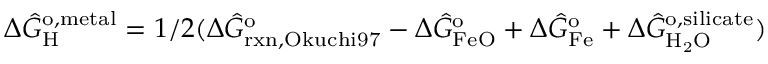
\Delta \hat { G } _ { \mathrm { H } } ^ { \mathrm { o , m e t a l } } = 1 / 2 ( \Delta \hat { G } _ { \mathrm { r x n , O k u c h i 9 7 } } ^ { \mathrm { o } } - \Delta \hat { G } _ { \mathrm { F e O } } ^ { \mathrm { o } } + \Delta \hat { G } _ { \mathrm { F e } } ^ { \mathrm { o } } + \Delta \hat { G } _ { \mathrm { H _ { 2 } O } } ^ { \mathrm { o , s i l i c a t e } } )